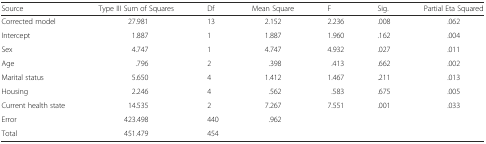
<table><thead><tr><td><b>Source</b></td><td><b>Type III Sum of Squares</b></td><td><b>Df</b></td><td><b>Mean Square</b></td><td><b>F</b></td><td><b>Sig.</b></td><td><b>Partial Eta Squared</b></td></tr></thead><tbody><tr><td>Corrected model</td><td>27.981</td><td>13</td><td>2.152</td><td>2.236</td><td>.008</td><td>.062</td></tr><tr><td>Intercept</td><td>1.887</td><td>1</td><td>1.887</td><td>1.960</td><td>.162</td><td>.004</td></tr><tr><td>Sex</td><td>4.747</td><td>1</td><td>4.747</td><td>4.932</td><td>.027</td><td>.011</td></tr><tr><td>Age</td><td>.796</td><td>2</td><td>.398</td><td>.413</td><td>.662</td><td>.002</td></tr><tr><td>Marital status</td><td>5.650</td><td>4</td><td>1.412</td><td>1.467</td><td>.211</td><td>.013</td></tr><tr><td>Housing</td><td>2.246</td><td>4</td><td>.562</td><td>.583</td><td>.675</td><td>.005</td></tr><tr><td>Current health state</td><td>14.535</td><td>2</td><td>7.267</td><td>7.551</td><td>.001</td><td>.033</td></tr><tr><td>Error</td><td>423.498</td><td>440</td><td>.962</td><td></td><td></td><td></td></tr><tr><td>Total</td><td>451.479</td><td>454</td><td></td><td></td><td></td><td></td></tr></tbody></table>